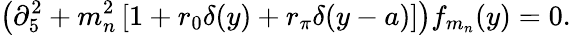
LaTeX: \left(\partial_{5}^{2}+m_{n}^{2}\left[1+r_{0}\delta(y)+r_{\pi}\delta(y-a)\right]\right)f_{m_{n}}(y)=0.